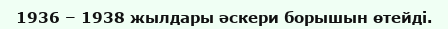
1936 – 1938 жылдары әскери борышын өтейді.